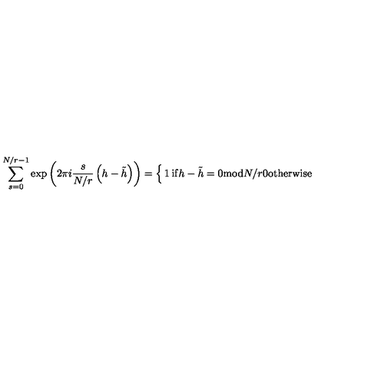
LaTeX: \sum _ { s = 0 } ^ { N / r - 1 } \exp \left( 2 \pi i \frac { s } { N / r } \left( h - \tilde { h } \right) \right) = \left\{ \begin{matrix} { 1 } & { \mathrm { i f } h - \tilde { h } = 0 \mathrm { m o d } N / r } \\ { 0 } & { \mathrm { o t h e r w i s e } } \\ \end{matrix} \right.